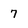
Character: 7